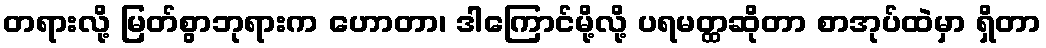
တရားလို့ မြတ်စွာဘုရားက ဟောတာ၊ ဒါကြောင်မို့လို့ ပရမတ္ထဆိုတာ စာအုပ်ထဲမှာ ရှိတာ